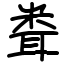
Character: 𥹢